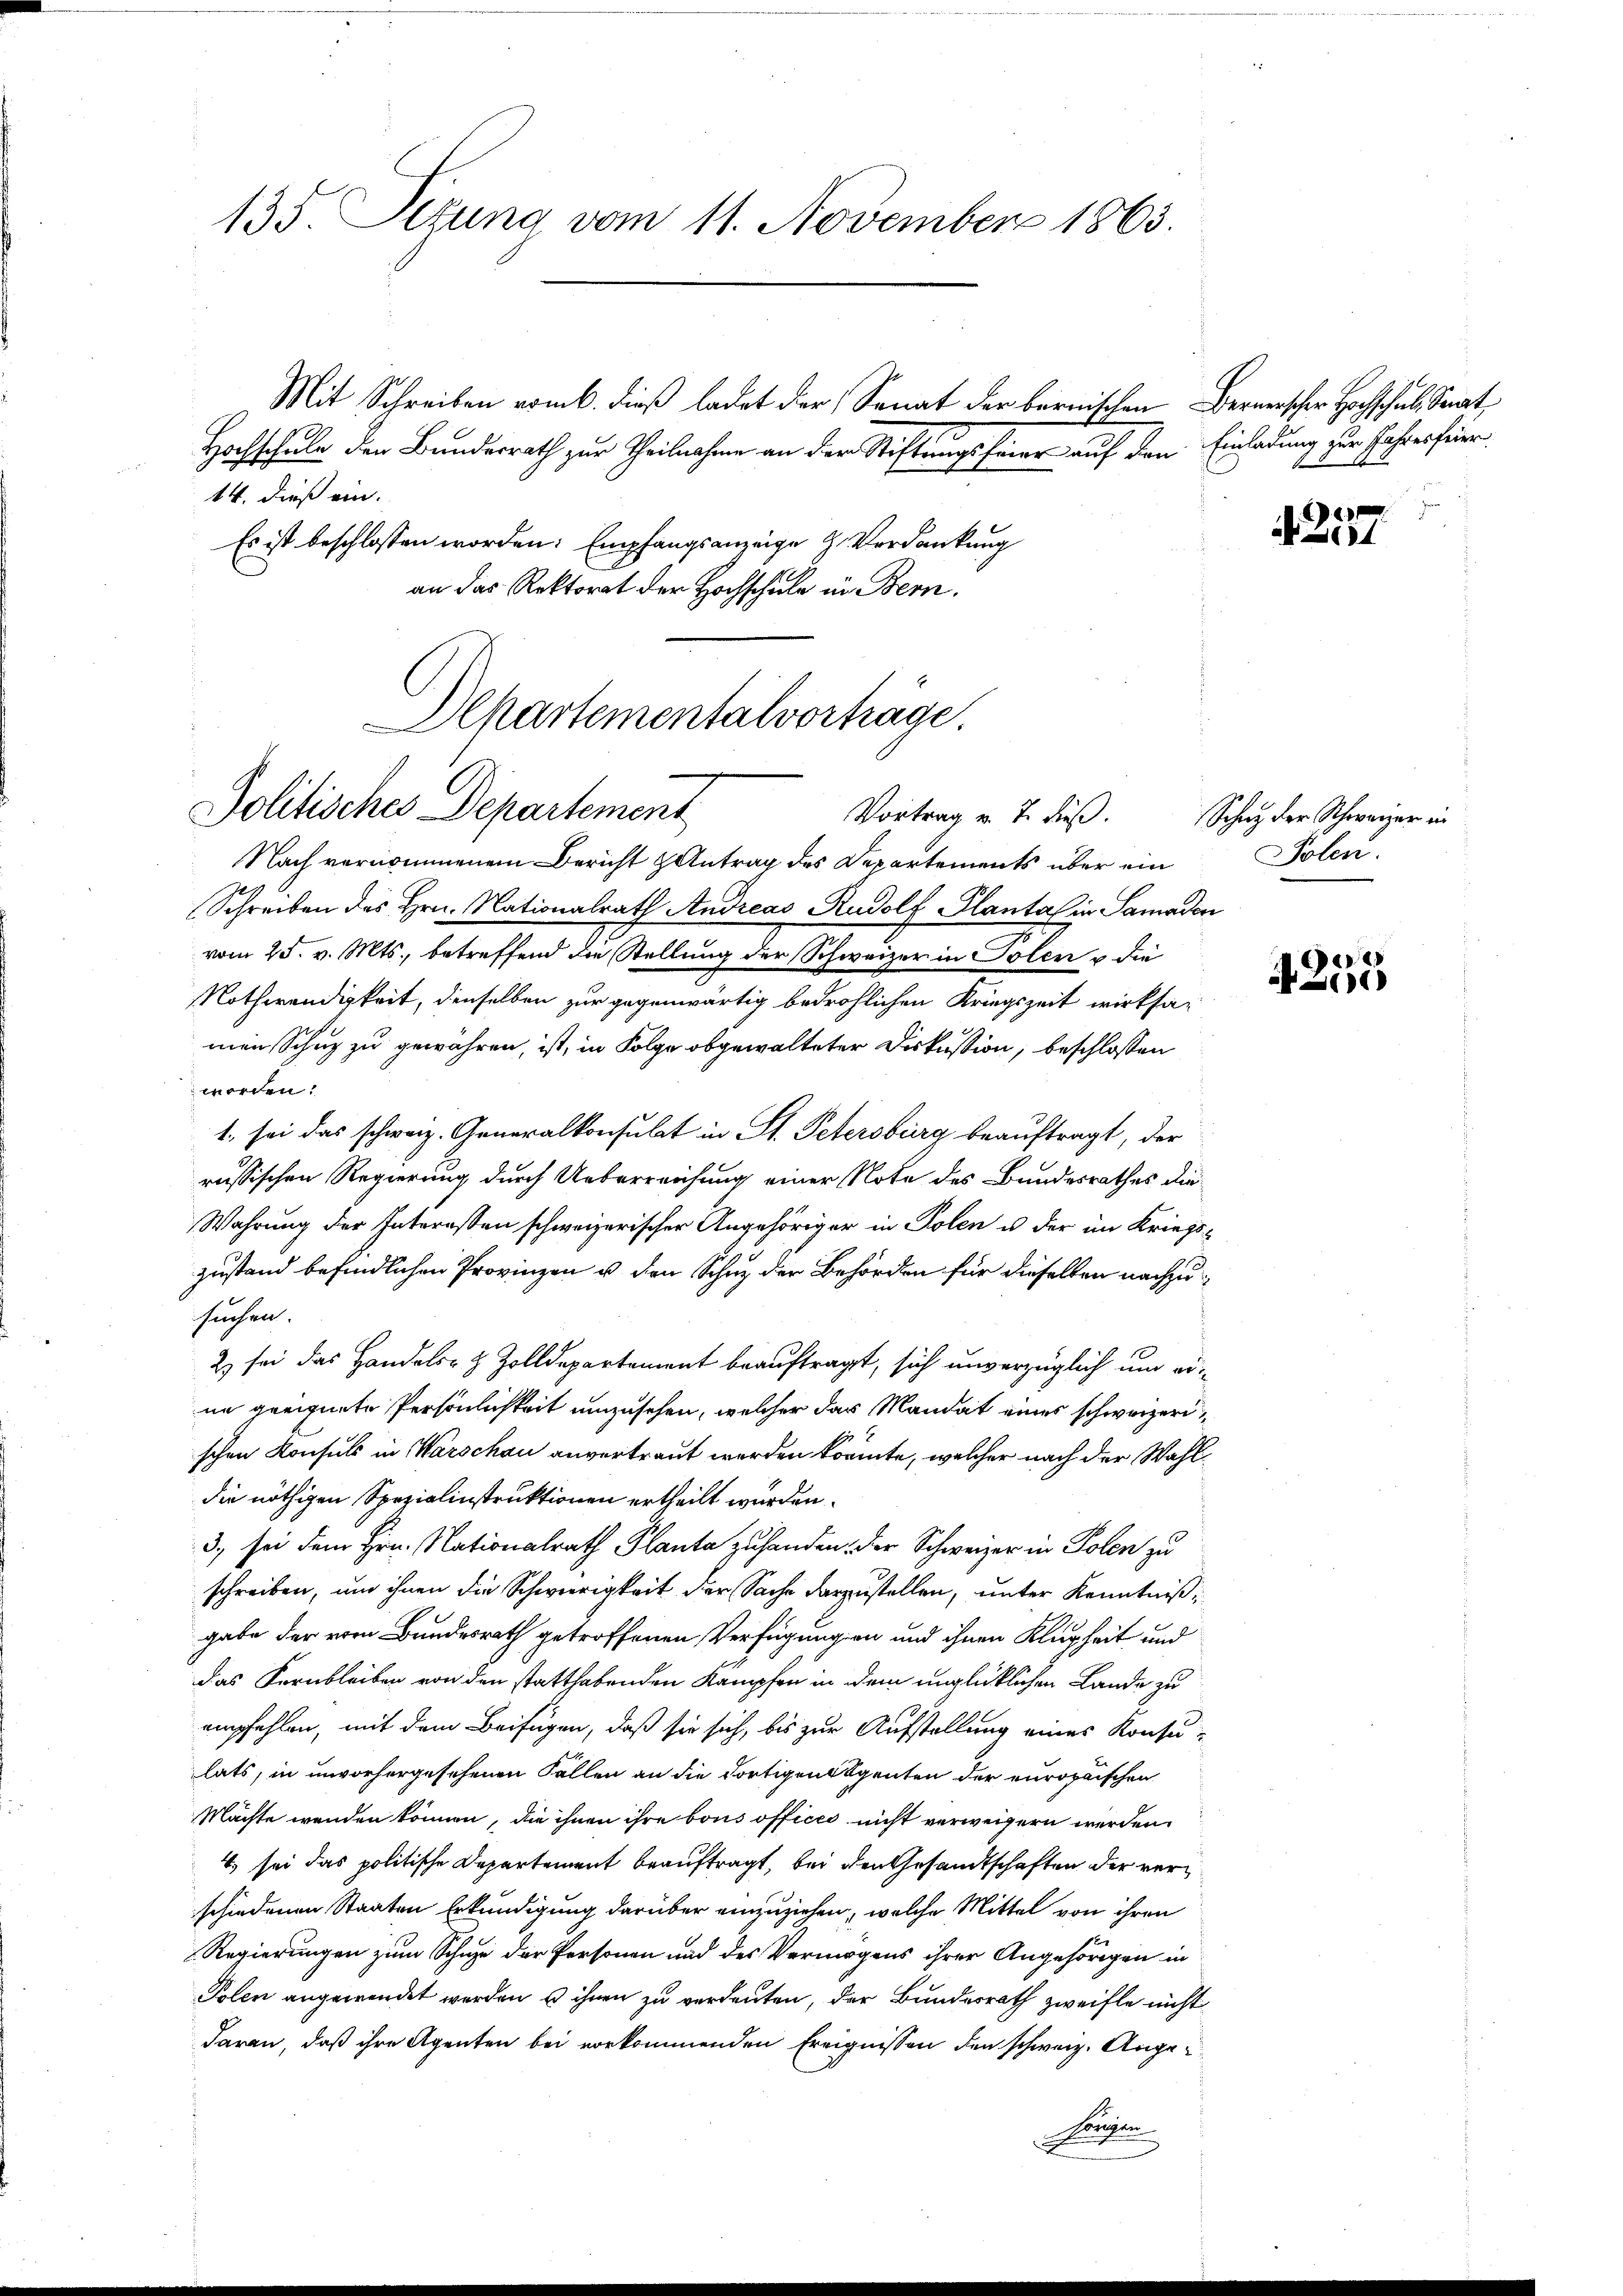
135. Sizung vom 11. November 1863.

Mit Schreiben vom b. dieß ladet der Senat der bernischen
Hochschule den Bundesrath zur Theilnahme an der Stiftungsfeier auf den Einladung zur Jahresfeier
14. dieß ein.
Es ist beschlossen worden: Empfangsanzeige H. Verdankung
an das Rektorat der Hochschule in Bern.

Alkartementalvorträge.
Politisches Departement

Nach vernommenen Bericht Antrag des Departements über ein
Schreiben des Hrn. Nationalrath Andreas Rudolf Planta in Samaden
vom 25. v. Mts., betreffend die Stellung der Schweizer in Polen & die
Nothwendigkeit, denselben zur gegenwärtig bedrohlichen Kriegszeit wirksa-
men Schuz zu gewähren, ist, in Folge obgewalteter Diskussion, beschlossen
 worden.
1. sei das schweiz. Generalkonsulat in St. Petersburg beauftragt, der
russischen Regierung durch Ueberreichung einer Note des Bundesrathes die
Wahrung der Interessen schweizerischer Angehöriger in Polen u der im Kriegszustand befindlichen Provinzen u. den Schuz der Behörden für dieselben nachzusuchen.
2) sei das Handels- & Zolldepartement beauftragt, sich unverzüglich um eine geeignete Persönlichkeit umzusehen, welcher der Mandat eines schweizerischen Konsuls in Warschau anvertraut werden könnte, welcher nach der Wahldie nöthigen Spezialinstruktionen ertheilt werden.
3, sei dem Hrn. Nationalrath Planta zuhanden, der Schweizer in Polen zu
schreiben, um ihnen die Schwierigkeit der Sache darzustellen, unter Kenntniß,
gabe der vom Bundesrath getroffenen Verfügungen und ihnen Klugheit und
das Fernbleiben von den statthabenden Kampfen in dem unglücklichen Lande zu
empfehlen, mit dem Beifügen, daß sie sich, bis zur Aufstellung eines Konsulats, in unvorhergesehenen Fallen an die dortigen Agenten der europaischen
Machte wenden können, die ihnen ihre bous officii nicht verweigern werden
4) sei das politische Departement beauftragt, bei den Gesandtschaften der verschiedenen Staaten Erkundigung darüber einzuziehen, welche Mittel von ihren
Regierungen zum Schuze der Personen und des Vermögens ihrer Angehörigen in
Polen angewendet werden u ihnen zu verdeuten, der Bundesrath zweifle nicht
daran, daß ihre Agenten bei vorkommenden Ereignissen den schweiz. Ange¬
Kanien

Bernerscher Hochschals Staat

4257

Vortrag v. J. dieß. Schwyz der Schweizer in
olen.

4255